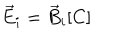
\vec { E } _ { i } = \vec { B } _ { i } [ C ]